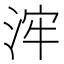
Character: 浶